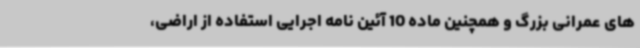
های عمرانی بزرگ و همچنین ماده 10 آئین نامه اجرایی استفاده از اراضی،